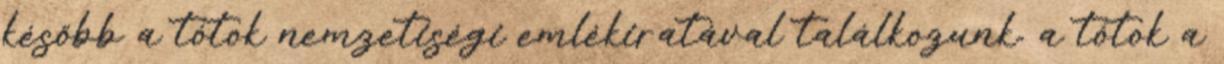
később a tótok nemzetiségi emlékiratával találkozunk. a tótok a